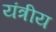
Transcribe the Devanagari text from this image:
यंत्रीय